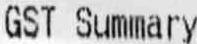
GST SUMMARY